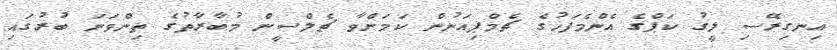
އިނގިރޭސި ލީގު ކަޕްގެ އެންމެފަހުގެ ޗެމްޕިއަނުން ކަމަށްވާ ޗެލްސީން މުބާރާތުގެ ތިންވަނަ ބުރުގައި